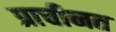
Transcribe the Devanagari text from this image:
प्राचीनत